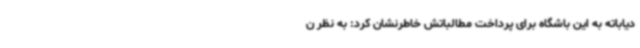
دیاباته به این باشگاه برای پرداخت مطالباتش خاطرنشان کرد: به نظر ن